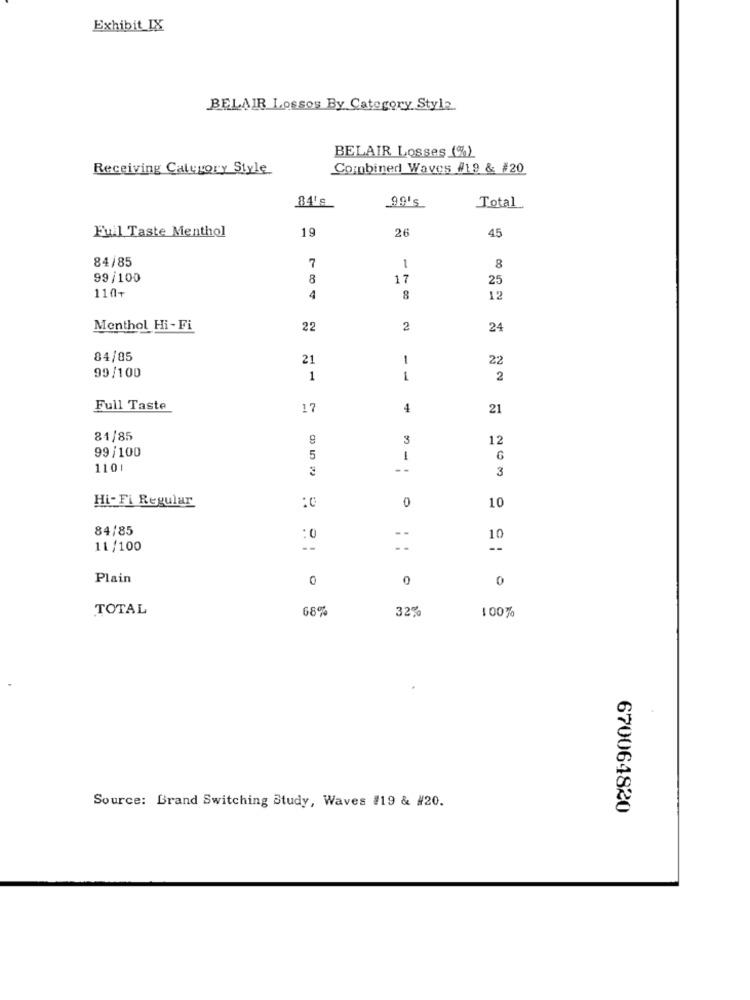
Exhibit_IX
BELAIR Lossos By Category Style
BELAIR Losses (%)
Receiving Category Style
Combined Waves #19 & #20
99's
84's
Total
Fuil Taste Menthol
19
26
45
84/85
7
1
8
99/100
8
17
25
110+
4
8
12
Menthol Hi- Fi
22
2
24
84/85
21
1
22
99/100
1
1
2
Full Taste
17
4
21
81/85
3
12
99/100
5
-
1101
--
3
Hi-Fi Regular
0
10
:C
84/85
:0
10
11/100
--
Plain
0
0
0
TOTAL
68%
32%
1 00%
Source: Brand Switching Study, Waves #19 & #20.
670064820